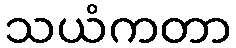
သယံကတာ